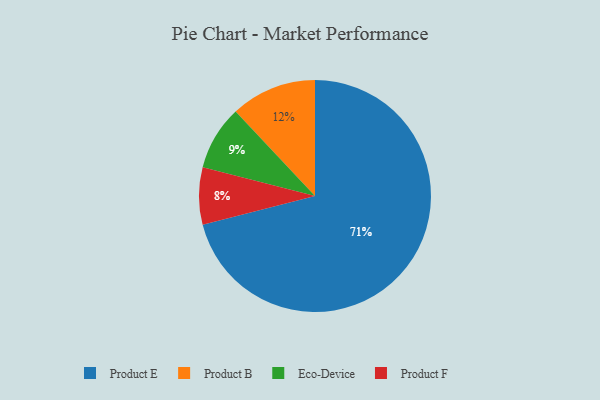
{"axis": {"x": "Category", "y": "Percentage"}, "legend": ["Eco-Device", "Product B", "Product E", "Product F"], "data": [{"x": "Eco-Device", "y": 9, "type": "Eco-Device"}, {"x": "Product F", "y": 8, "type": "Product F"}, {"x": "Product E", "y": 71, "type": "Product E"}, {"x": "Product B", "y": 12, "type": "Product B"}]}